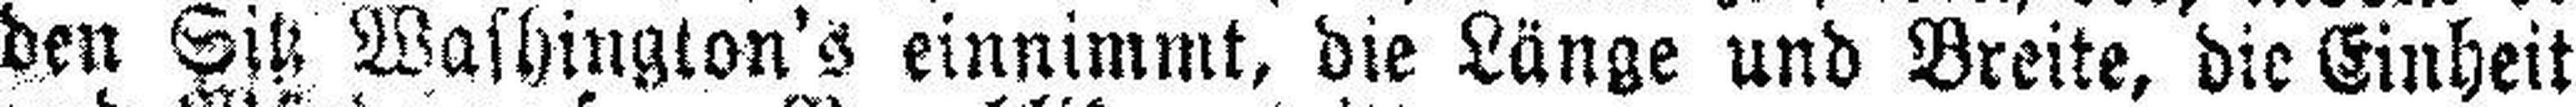
den Sitz Washington's einnimmt, die Länge und Breite, die Einheit